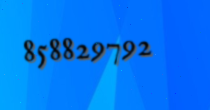
858829792